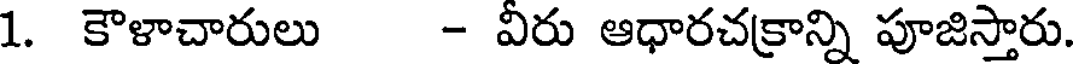
1. కౌళాచారులు - విరు ఆధారచక్రాన్ని పూజిస్తారు.